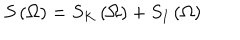
LaTeX: S \left( \Omega \right) = S _ { K } \left( \Omega \right) + S _ { I } \left( \Omega \right)